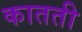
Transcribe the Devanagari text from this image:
कातती